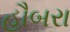
હૌબરા